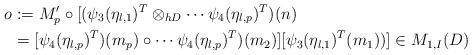
LaTeX: \begin{align*}o&:=M_{p}'\circ[(\psi_3(\eta_{l,1})^T\otimes_{hD}\cdots\psi_4(\eta_{l,p})^T)(n)\\&=[\psi_4(\eta_{l,p})^T)(m_p)\circ \cdots\psi_4(\eta_{l,p})^T)(m_2)][\psi_3(\eta_{l,1})^T(m_1))]\in M_{1,I}(D)\end{align*}